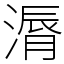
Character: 漘